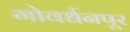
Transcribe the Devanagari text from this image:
गोवर्धनपूर